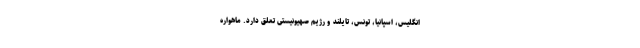
انگلیس، اسپانیا، تونس، تایلند و رژیم صهیونیستی تعلق دارد. ماهواره